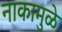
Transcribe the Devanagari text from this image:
नाकामुळे